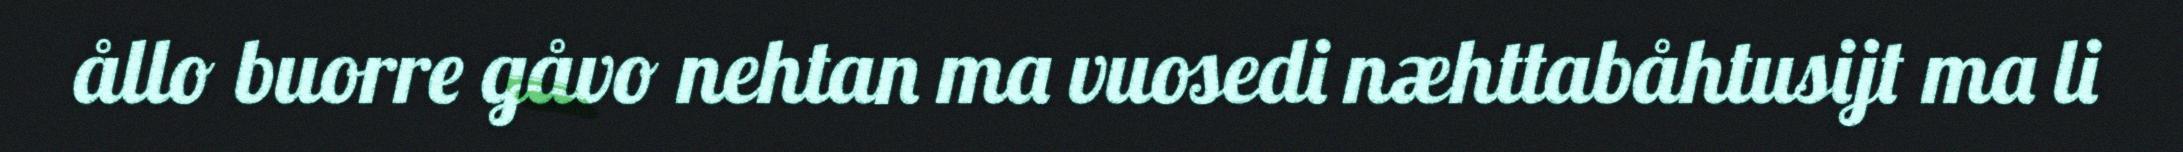
ållo buorre gåvo nehtan ma vuosedi næhttabåhtusijt ma li